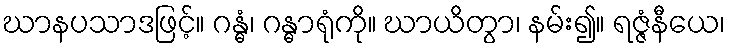
ဃာနပသာဒဖြင့်။ ဂန္ဓံ၊ ဂန္ဓာရုံကို။ ဃာယိတွာ၊ နမ်း၍။ ရဇ္ဇံနီယေ၊